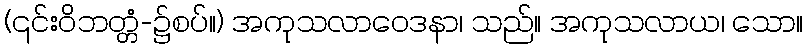
(၎င်းဝိဘတ္တံ-၌စပ်။) အကုသလာဝေဒနာ၊ သည်။ အကုသလာယ၊ သော။